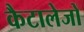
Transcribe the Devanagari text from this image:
कैटालेजों